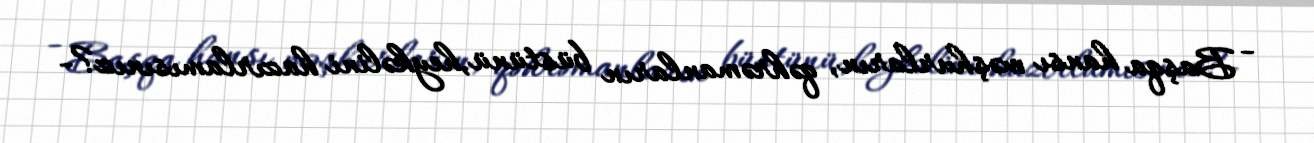
- Başqa hansı məşhurların, qəhrəmanların büstünü,heykəlini hazırlamısınız?-